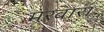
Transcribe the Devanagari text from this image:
मरवारा